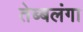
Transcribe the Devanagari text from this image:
तेब्बलंगा